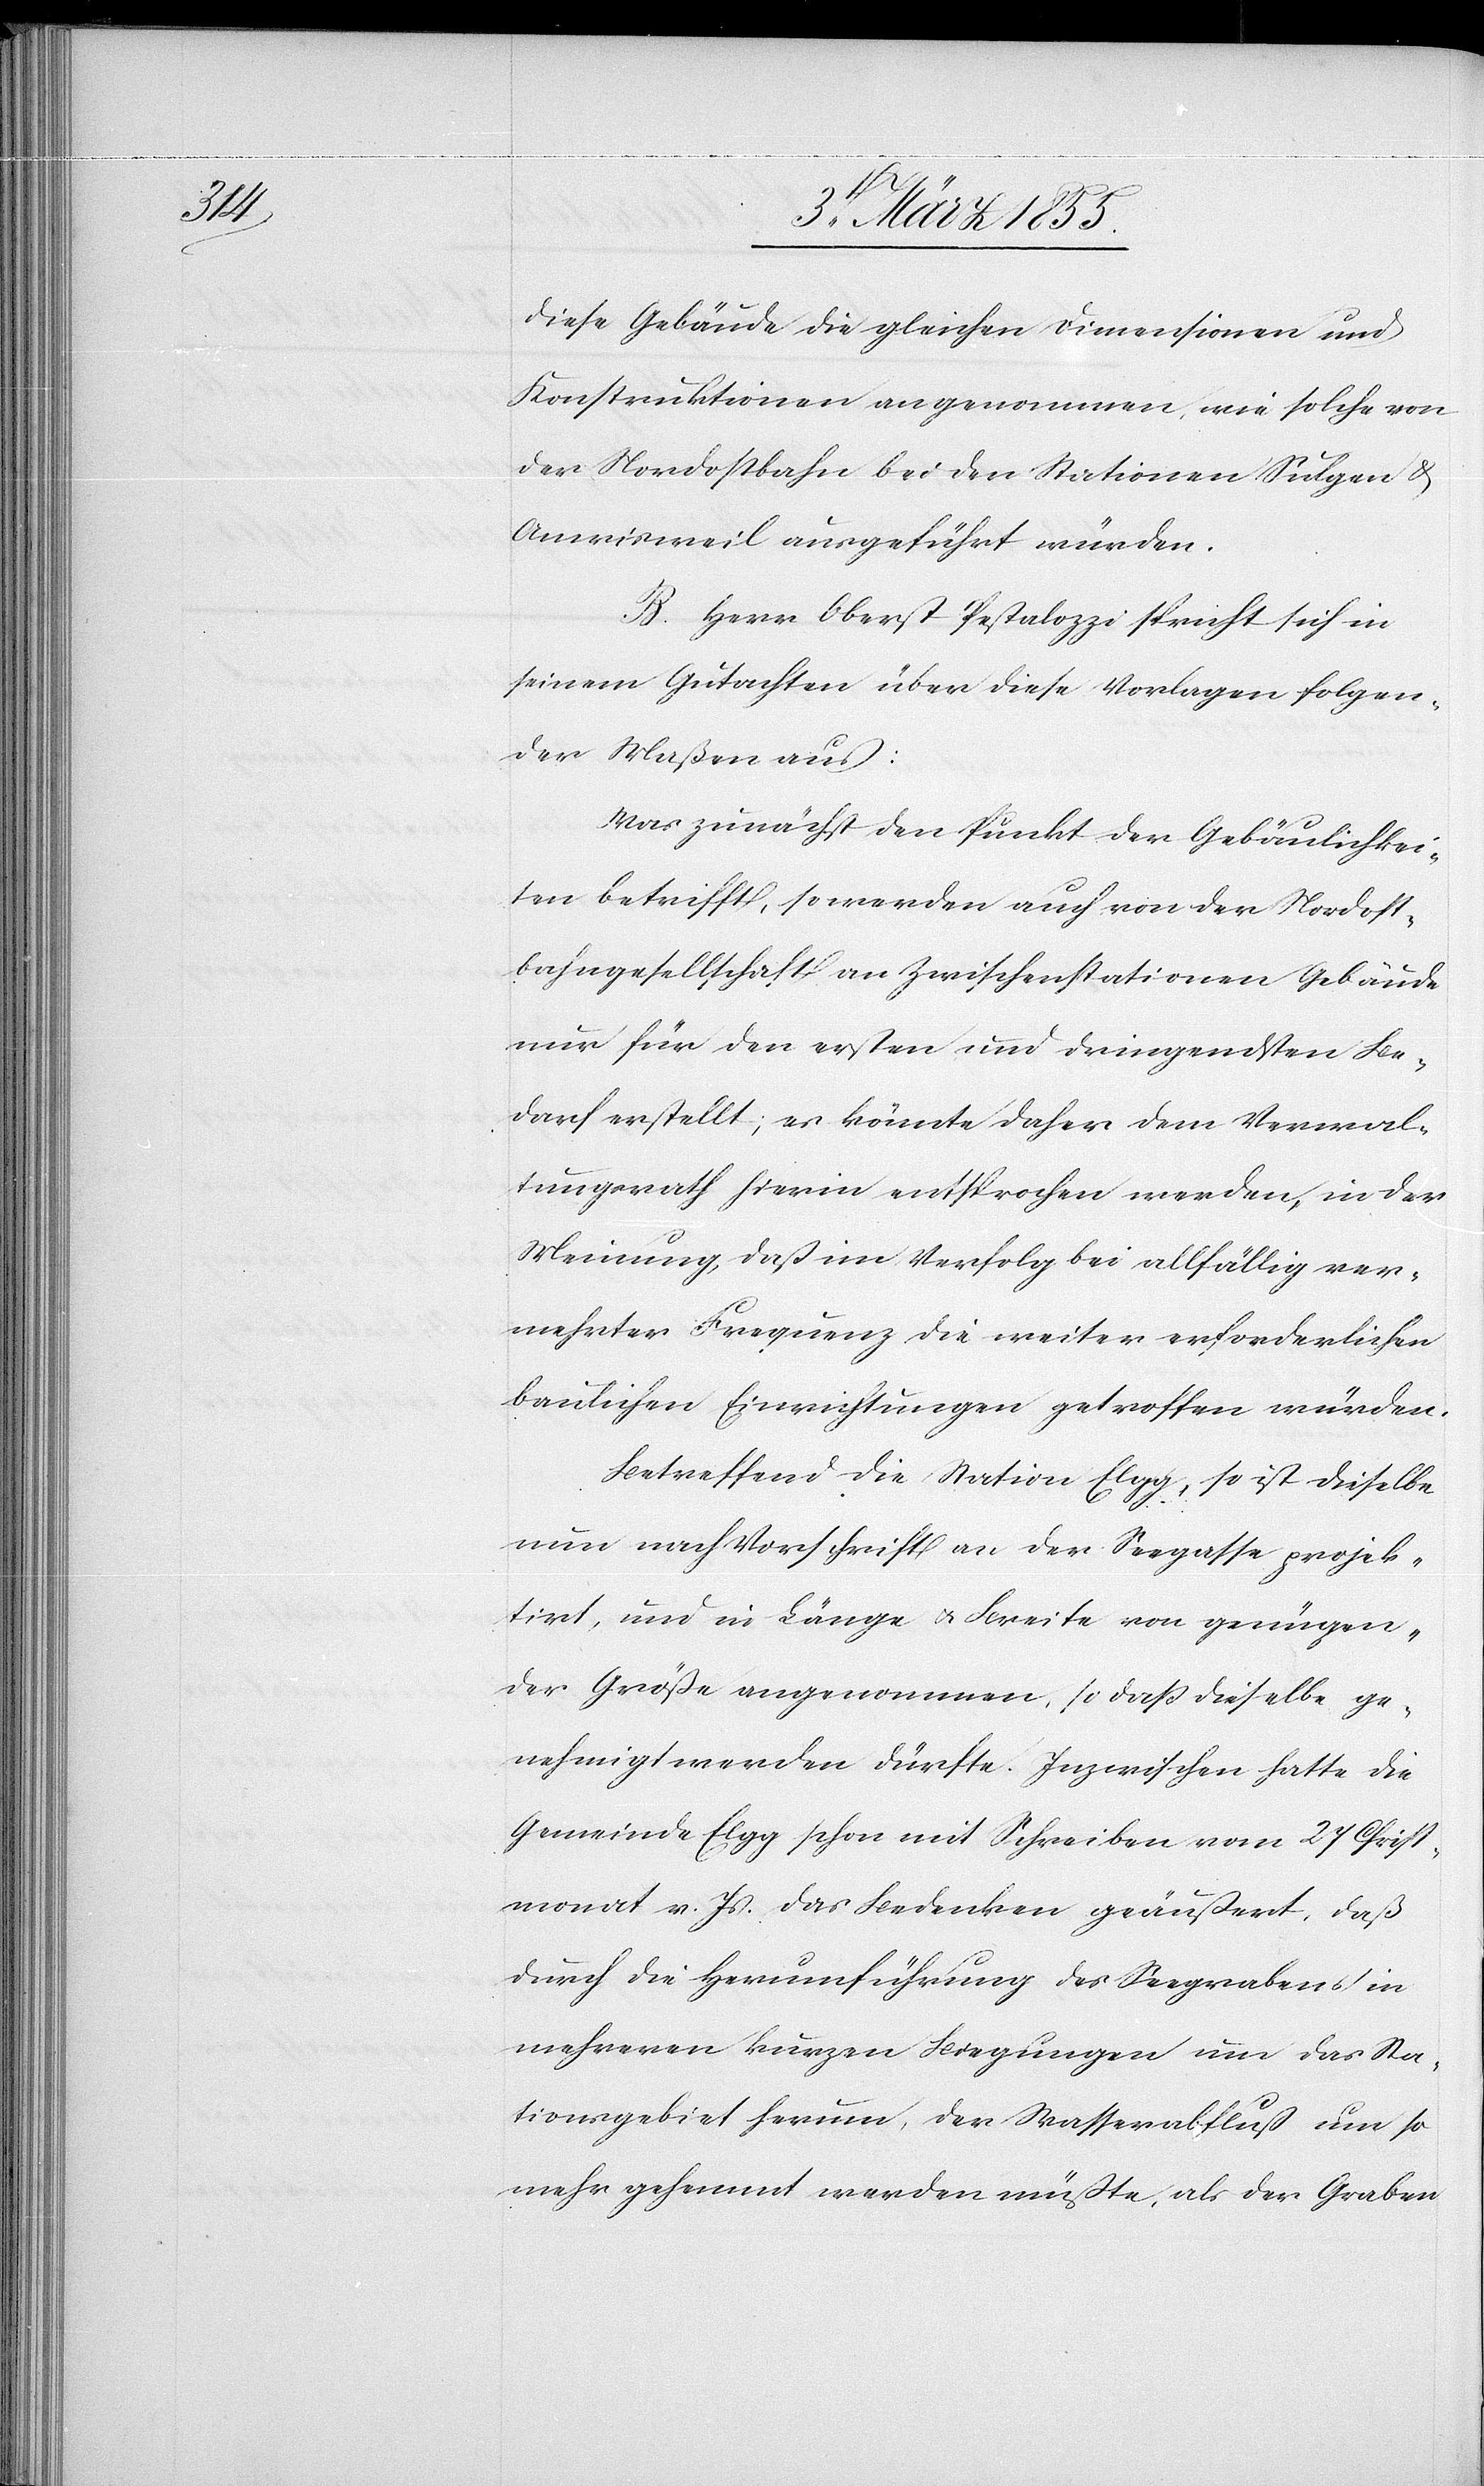
diese Gebäude die gleichen Dimensionen und
Konstruktionen angenommen, wie solche von
der Nordostbahn bei den Stationen Sulgen &
Amrisweil ausgeführt würden.
B. Herr Oberst Pestalozzi spricht sich in
seinem Gutachten über diese Vorlagen folgen¬
der Maßen aus:
Was zunächst den Punkt der Gebäulichkei¬
ten betrifft, so werden auch von der Nordost¬
bahngesellschaft an Zwischenstationen Gebäude
nur für den ersten und dringendsten Be¬
darf erstellt; es könnte daher dem Verwal¬
tungsrath hierin entsprochen werden, in der
Meinung, daß im Verfolg bei allfällig ver¬
mehrter Frequenz die weiter erforderlichen
baulichen Einrichtungen getroffen würden.
Betreffend die Station Elgg, so ist dieselbe
nun nach Vorschrift an der Seegasse projek¬
tirt, und in Länge & Breite von genügen¬
der Größe angenommen, so daß dieselbe ge¬
nehmigt werden dürfte. Inzwischen hatte die
Gemeinde Elgg schon mit Schreiben vom 27 Christ¬
monat v. Js. das Bedenken geäußert, daß
durch die Herumführung des Seegrabens in
mehreren kurzen Biegungen um das Sta¬
tionsgebiet herum, der Wasserabfluß um so
mehr gehemmt werden müßte, als der Graben